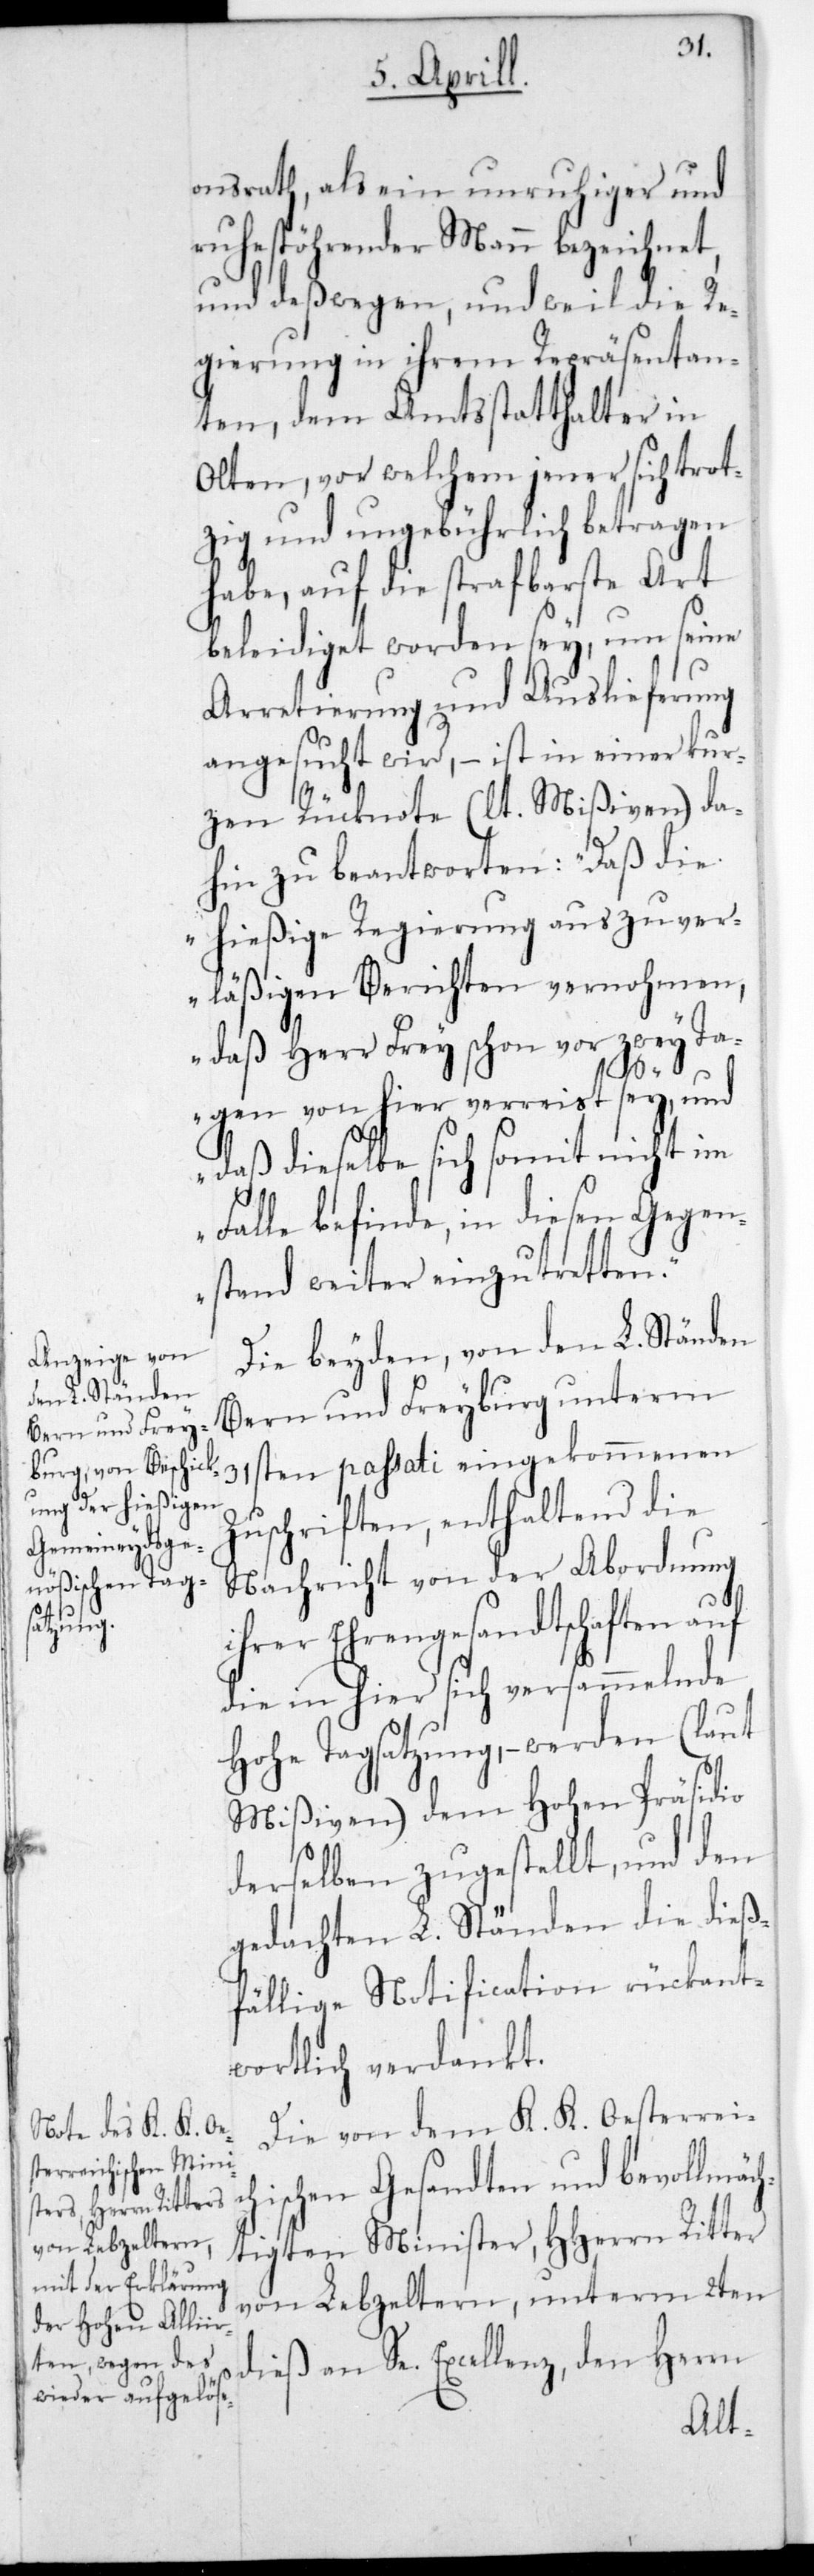
onsrath, als ein unruhiger und
ruhestöhrender Mann bezeichnet,
und deßwegen, und weil die Re¬
gierung in ihrem Repräsentan¬
ten, dem Amtsstatthalter in
Olten, vor welchem jener sich trot¬
zig und ungebührlich betragen
habe, auf die strafbarste Art
beleidiget worden sey, um seine
Arretierung und Auslieferung
angesucht wird, – ist in einer kur¬
zen Rücknote (lt. Mißiven) da¬
hin zu beantworten: „Daß die
hießige Regierung aus zuver¬
läßigen Berichten vernommen,
daß Herr Frey schon vor zwey Ta¬
gen von hier verreist sey, und
daß dieselbe sich somit nicht im
Falle befinde, in diesen Gegen¬
stand weiter einzutretten.“
Die beyden von den L. Ständen
Bern und Freyburg unterm
31sten passati eingekommenen
Zuschriften, enthaltend die
Nachricht von der Abordnung
ihrer Ehrengesandtschaften auf
die in hier sich versammelnde
Hohe Tagsatzung, – werden (laut
Mißiven) dem Hohen Präsidio
derselben zugestellt, und den
gedachten L. Ständen die dieß¬
fällige Notification rückant¬
wortlich verdankt.
Die von dem K. K. Oesterrei¬
ischen Gesandten und bevollmäch¬
ch¬
tigten Minister, HHerrn Ritter
von Lebzeltern, unterm 2ten
dieß an Se. Excellenz den Herrn